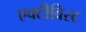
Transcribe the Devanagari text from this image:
एक्टीविस्ट